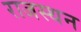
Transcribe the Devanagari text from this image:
राजस्थन